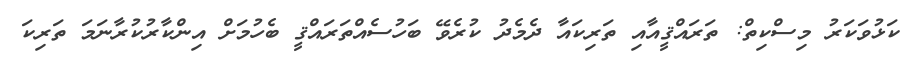
ކަޅުވަކަރު މިސްކިތް: ތަރައްޤީއާއި ތަރިކައާ ދެމެދު ކުރެވޭ ބަހުސެއްތަރައްޤީ ބެހުމަށް އިންކާރުކުރާނަމަ ތަރިކަ